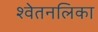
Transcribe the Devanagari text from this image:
श्वेतनलिका